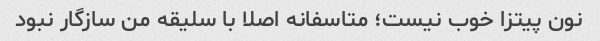
نون پیتزا خوب نیست؛ متاسفانه اصلا با سلیقه من سازگار نبود